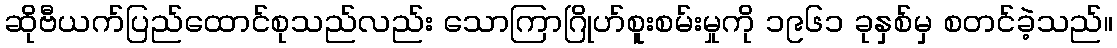
ဆိုဗီယက်ပြည်ထောင်စုသည်လည်း သောကြာဂြိုဟ်စူးစမ်းမှုကို ၁၉၆၁ ခုနှစ်မှ စတင်ခဲ့သည်။